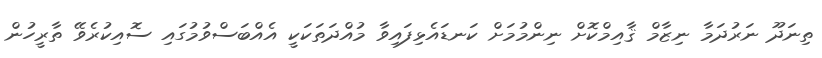
ތިނަދޫ ނަރުދަމާ ނިޒާމް ޤާއިމްކޮށް ނިންމުމަށް ކަނޑައެޅިފައިވާ މުއްދަތަކަކީ އެއްބަސްވުމުގައި ސޮއިކުރެވޭ ތާރީހުން